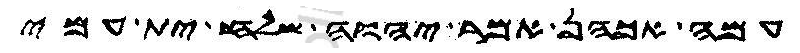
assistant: עמה אכהן אמר יהוה שלח ית עמי